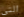
التي